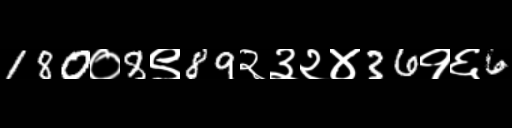
Text: 180०8९89२३२४36१६6